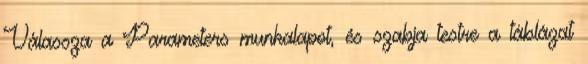
Válassza a Parameters munkalapot, és szabja testre a táblázat